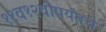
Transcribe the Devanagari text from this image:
११व१२वीपर्यंतचे